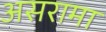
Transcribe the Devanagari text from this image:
असरामा